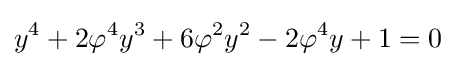
y^{4}+2\varphi ^{4}y^{3}+6\varphi ^{2}y^{2}-2\varphi ^{4}y+1=0